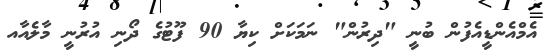
އެމްއެންޑީއެފުން ބުނީ "ދިރުން" ނަމަކަށް ކިޔާ 90 ފޫޓުގެ ދޯނި އުރުނީ މާލެއާއ